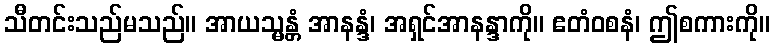
သီတင်းသည်မသည်။ အာယသ္မန္တံ အာနန္ဒံ၊ အရှင်အာနန္ဒာကို။ ဧတံဝစနံ၊ ဤစကားကို။